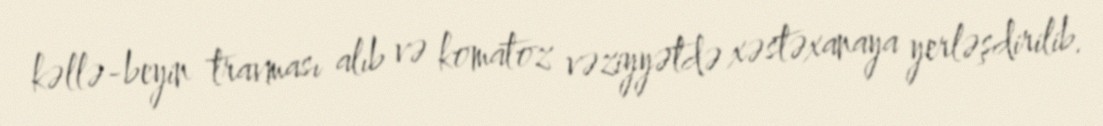
kəllə-beyin travması alıb və komatoz vəziyyətdə xəstəxanaya yerləşdirilib.